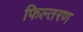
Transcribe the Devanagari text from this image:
फिल्तरण